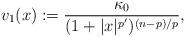
LaTeX: \begin{align*}v_1(x) := \frac{\kappa_0}{(1+|x|^{p'})^{(n-p)/p}},\end{align*}